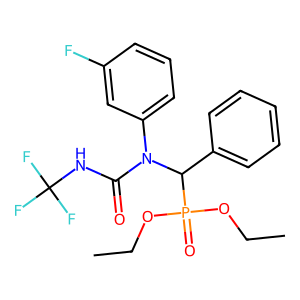
SMILES: CCOP(=O)(OCC)C(c1ccccc1)N(C(=O)NC(F)(F)F)c1cccc(F)c1
Inhibits HIV replication: No